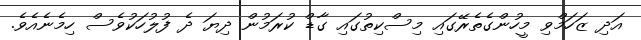
އަދި ޒަހަމްވި މީހުންގެތެރޭގައި މިސްކިތުގައި ގާޑް ކުރަމުން ދިޔަ ދެ ފުލުހަކުވެސް ހިމެނެއެވެ.